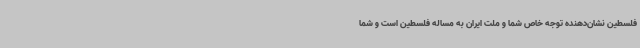
فلسطین نشان‌دهنده توجه خاص شما و ملت ایران به مساله فلسطین است و شما